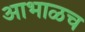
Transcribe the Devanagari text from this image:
आभाळच